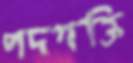
পদশক্তি